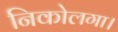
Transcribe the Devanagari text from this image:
निकोलगा।